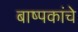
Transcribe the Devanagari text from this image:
बाष्पकांचे